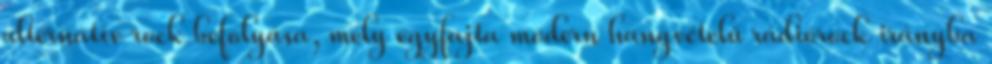
alternatív rock befolyása, mely egyfajta modern hangvételű rádiórock irányba